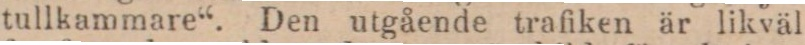
tullkammare“. Den utgående trafiken är likväl